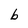
Character: b